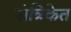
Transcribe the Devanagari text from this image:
संत्रिकेत